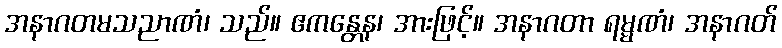
အနာဂတမသညာဏံ၊ သည်။ ဧကန္တေန၊ အားဖြင့်။ အနာဂတာ ရမ္မဏံ၊ အနာဂတ်